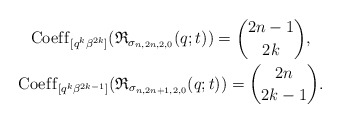
\begin{gather*}{\rm Coef\/f}_{[q^k \beta^{2k}]} ( {\mathfrak{R}}_{{\sigma_{n,2n,2,0}}}(q;t) ) ={2n-1 \choose 2k},\\{\rm Coef\/f}_{[q^k \beta^{2k-1}]} ( {\mathfrak{R}}_{{\sigma_{n,2n+1,2,0}}}(q;t) ) ={2n \choose 2k-1}.\end{gather*}